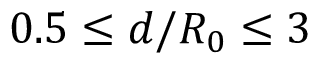
0 . 5 \leq d / R _ { 0 } \leq 3